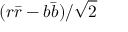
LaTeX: ( r { \bar { r } } - b { \bar { b } } ) / { \sqrt { 2 } }